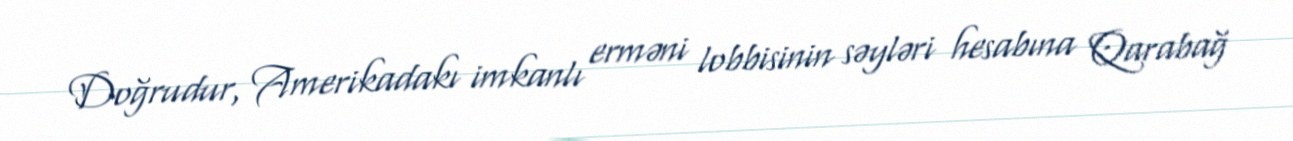
Doğrudur, Amerikadakı imkanlı erməni lobbisinin səyləri hesabına Qarabağ